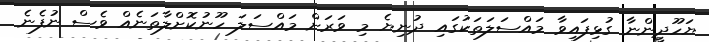
ޔަހޫދީންނާ ގުޅިފައިވާ މައްސަލަތަކުގައި ދުނިޔެ މި ވަރަށް މައްސަލަ ހޫނުކޮށްލާތަނެއް ވެސް ނުފެނެ